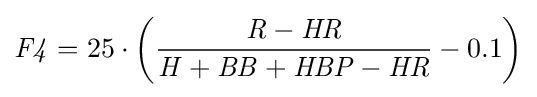
{\mathit {F4}}=25\cdot \left({{\mathit {R}}-{\mathit {HR}} \over {\mathit {H}}+{\mathit {BB}}+{\mathit {HBP}}-{\mathit {HR}}}-0.1\right)